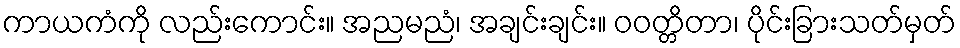
ကာယကံကို လည်းကောင်း။ အညမညံ၊ အချင်းချင်း။ ဝဝတ္တိတာ၊ ပိုင်းခြားသတ်မှတ်